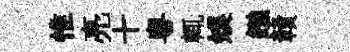
惟亮十粵輒娱鏹贛